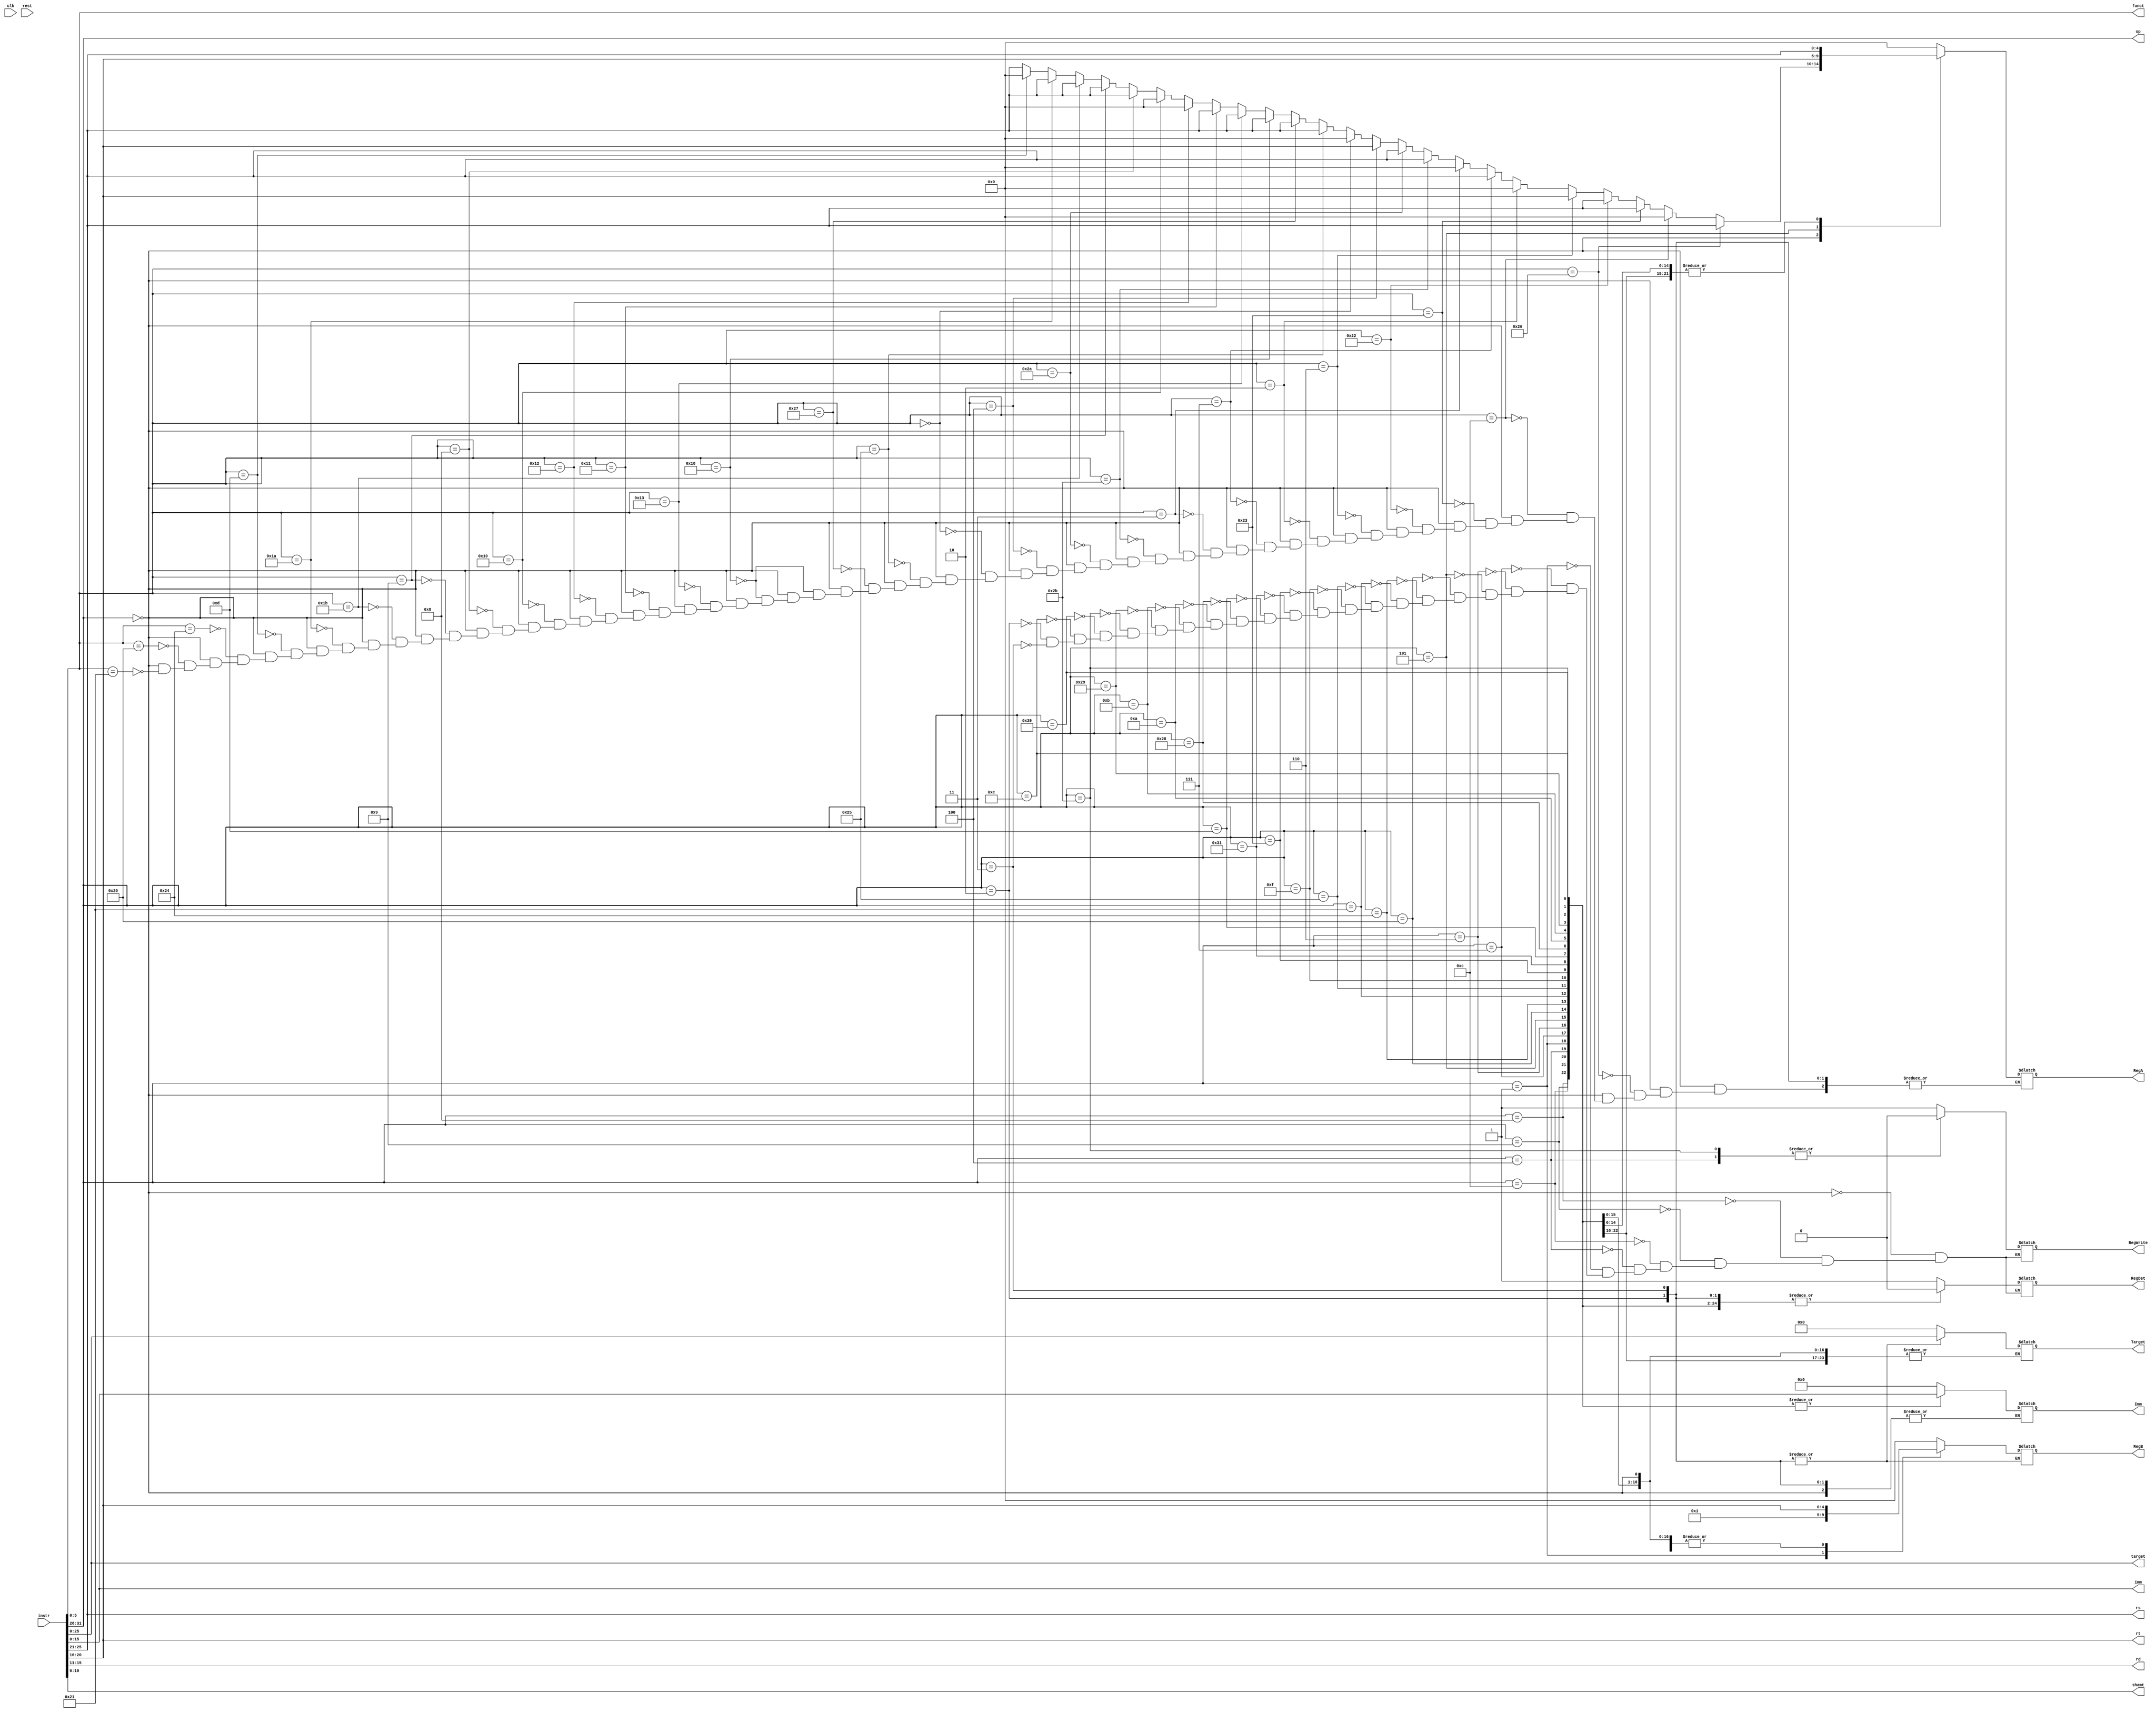
module decoder(instr, clk, rest, op, rs, rt, rd, shamt, funct, imm, target, RegA, RegB, Imm,RegDst, RegWrite,Target);

	input clk;
	input rest;
	input [31:0] instr;

	output [5:0] op;
	output [4:0] rs;
	output [4:0] rt;
	output [4:0] rd;
	output [4:0] shamt;
	output [5:0] funct;
	output [15:0] imm;
	output [25:0] target;
	output [4:0] RegA, RegB;
	output [15:0] Imm;
	output [25:0] Target;
	output RegDst, RegWrite;

	reg [5:0] op;
	reg [4:0] rs;
	reg [4:0] rt;
	reg [4:0] rd;
	reg [4:0] shamt;
	reg [5:0] funct;
	reg [15:0] imm;
	reg [25:0] target;

	reg RegDst, RegWrite;
	reg [4:0] RegA, RegB;
	reg [15:0] Imm;
	reg [25:0] Target;

	always @ (instr)
	begin
		op = instr[31:26];
		rs = instr[25:21];
		rt = instr[20:16];
		rd = instr[15:11];
		shamt = instr[10:6];
		funct = instr[5:0];
		imm = instr[15:0];
		target = instr[25:0];

		case(op)
		// R
			6'b000000:
				begin
				rs = instr[25:21];
				rt = instr[20:16];
				rd = instr[15:11];
				shamt = instr[10:6];
				funct = instr[5:0];

				if (funct == 6'b100001) //add
					RegA = rs; RegB = rt; RegDst = 1; RegWrite = 1;
				if (funct == 6'b100000) // add.d
					RegA = rs; RegB = rt; RegDst = 1; RegWrite = 1;
				if (funct == 6'b100100) // and
					RegA = rs; RegB = rt; RegWrite = 1; RegDst = 1;
				if (funct == 6'b001101) // break
					RegA = 5'b00000; RegB = 5'b00000;
				if (funct == 6'b011010) // div
					RegA = rs; RegB = rt; RegWrite = 1; RegDst = 1;
				if (funct == 6'b011011) // divu
					RegA = rs; RegB = rt; RegWrite = 1; RegDst = 1;
				if (funct == 6'b001001) // jalr
					RegA = rs; RegB = 5'b00000; RegWrite = 1; RegDst = 1;
				if (funct == 6'b001000) // jr
					RegA = rs; RegB = 5'b00000; RegWrite = 1; RegDst = 1;
				if (funct == 6'b010000) // mfhi
					RegA = 5'b00000; RegB = 5'b00000; RegWrite = 1; RegDst = 1;
				if (funct == 6'b010010) // mflo
					RegA = 5'b00000; RegB = 5'b00000; RegWrite = 1; RegDst = 1;
				if (funct == 6'b010001) // mthi
					RegA = rs; RegB = 5'b00000; RegWrite = 1; RegDst = 1;
				if (funct == 6'b010011) // mtlo
					RegA = rs; RegB = 5'b00000; RegWrite = 1; RegDst = 1;
				if (funct == 6'b011000) // mult
					RegA = rs; RegB = rt; RegWrite = 1; RegDst = 1;
				if (funct == 6'b011000) // multu
					RegA = rs; RegB = rt; RegWrite = 1; RegDst = 1;
				if (funct == 6'b100111) // nor
					RegA = rs; RegB = rt; RegWrite = 1; RegDst = 1;
				if (funct == 6'b100101) // or
					RegA = rs; RegB = rt; RegWrite = 1; RegDst = 1;
				if (funct == 6'b000000) // sll
					RegA = 5'b00000; RegB = rt; RegWrite = 1; RegDst = 1;
				if (funct == 6'b000100) // sllv
					RegA = rt; RegB = rs; RegWrite = 1; RegDst = 1;
				if (funct == 6'b101010) // slt
					RegA = rs; RegB = rt; RegWrite = 1; RegDst = 1;
				if (funct == 6'b101011) // sltu
					RegA = rs; RegB = rt; RegWrite = 1; RegDst = 1;
				if (funct == 6'b000011) // sra
					RegA = 5'b00000; RegB = rt; RegWrite = 1; RegDst = 1;
				if (funct == 6'b000111) // srav
					RegA = rs; RegB = rt; RegWrite = 1; RegDst = 1;
				if (funct == 6'b000010) // srl
					RegA = 5'b00000; RegB = rt; RegWrite = 1; RegDst = 1;
				if (funct == 6'b000110) // srlv
					RegA = rt; RegB = rs; RegWrite = 1; RegDst = 1;
				if (funct == 6'b100010) // sub
					RegA = rs; RegB = rt; RegWrite = 1; RegDst = 1;
				if (funct == 6'b100011) // subu
					RegA = rs; RegB = rt; RegWrite = 1; RegDst = 1;
				if (funct == 6'b001100) // syscall
					RegA = 5'b00000; RegB = 5'b00000; RegWrite = 1; RegDst = 1;
				if (funct == 6'b100110) // xor
					RegA = rs; RegB = rt; RegWrite = 1; RegDst = 1;
			end
		//I
			6'b001000:  begin RegA = rs; RegB = rt; RegDst = 0; RegWrite = 1; Imm = imm; end// addi
			6'b001001:  begin RegA = rs; RegB = rt; RegDst = 0; RegWrite = 1; Imm = imm; end// addiu
			6'b001100:  begin RegA = rs; RegB = rt; RegDst = 0; RegWrite = 1; Imm = imm; end// andi
			6'b000100:  begin RegA = rs; RegB = rt; RegDst = 0; RegWrite = 0; Imm = imm; end// beq

			6'b000001: begin RegA = rs; RegB = 5'b00001; RegDst = 0; RegWrite = 1; Imm = imm; end// bgez
			6'b000111: begin RegA = rs; RegB = 5'b00000; RegDst = 0; RegWrite = 1; Imm = imm; end // bgtz
			6'b000110: begin RegA = rs; RegB = 5'b00000; RegDst = 0; RegWrite = 1; Imm = imm; end// blez
			6'b000001: begin RegA = rs; RegB = 5'b00000; RegDst = 0; RegWrite = 1; Imm = imm; end// bltz

			6'b000101: begin RegA = rt; RegB = rt; RegDst = 0; RegWrite = 1; Imm = imm; end// bne
			6'b100000: begin RegA = rs; RegB = rt; RegDst = 0; RegWrite = 1; Imm = imm; end// lb
			6'b100100: begin RegA = rs; RegB = rt; RegDst = 0; RegWrite = 1; Imm = imm; end// lbu
			6'b100001: begin RegA = rs; RegB = rt; RegDst = 0; RegWrite = 1; Imm = imm; end// lh
			6'b100101: begin RegA = rs; RegB = rt; RegDst = 0; RegWrite = 1; Imm = imm; end// lhu
			6'b001111: begin RegA = rs; RegB = rt; RegDst = 0; RegWrite = 1; Imm = imm; end// lui
			6'b100011: begin RegA = rs; RegB = rt; RegDst = 0; RegWrite = 1; Imm = imm; end// lw
			6'b110001: begin RegA = rs; RegB = rt; RegDst = 0; RegWrite = 1; Imm = imm; end// lwcl
			6'b001101: begin RegA = rs; RegB = rt; RegDst = 0; RegWrite = 1; Imm = imm; end// ori
			6'b101000: begin RegA = rs; RegB = rt; RegDst = 0; RegWrite = 1; Imm = imm; end// sb
			6'b001010: begin RegA = rs; RegB = rt; RegDst = 0; RegWrite = 1; Imm = imm; end// slti
			6'b001011: begin RegA = rs; RegB = rt; RegDst = 0; RegWrite = 1; Imm = imm; end// sltiu
			6'b101001: begin RegA = rs; RegB = rt; RegDst = 0; RegWrite = 1; Imm = imm; end// sh
			6'b101011: begin RegA = rs; RegB = rt; RegDst = 0; RegWrite = 0; Imm = imm; end// sw
			6'b111001: begin RegA = rs; RegB = rt; RegDst = 0; RegWrite = 1; Imm = imm; end// swcl
			6'b001110: begin RegA = rs; RegB = rt; RegDst = 0; RegWrite = 1; Imm = imm; end// xori

		//J
			6'b000010: begin Target = target; RegDst = 0; RegWrite = 1; end// j
			6'b000011: begin Target = target; RegDst = 0; RegWrite = 1; end// jal

			default: begin RegA = 5'b00000; RegB = 5'b00000; Imm = 16'b0000000000000000; Target = 26'b00000000000000000000000000; end
		endcase
	end
endmodule